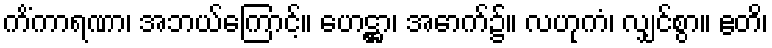
ကိံကာရဏာ၊ အဘယ်ကြောင့်။ ဟေဋ္ဌာ၊ အောက်၌။ လဟုကံ၊ လျှင်စွာ။ ဧတိ၊